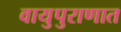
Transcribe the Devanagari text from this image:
वायुपुराणात